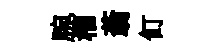
腕榴蓊飣